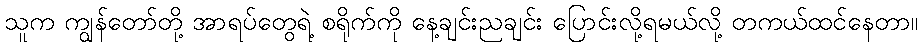
သူက ကျွန်တော်တို့ အာရပ်တွေရဲ့ စရိုက်ကို နေ့ချင်းညချင်း ပြောင်းလို့ရမယ်လို့ တကယ်ထင်နေတာ။